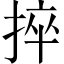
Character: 捽